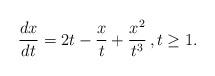
LaTeX: \begin{align*} \frac{dx}{dt} = 2 t - \frac{x}{t} + \frac{x^2}{t^3} \, , t \geq 1.\end{align*}